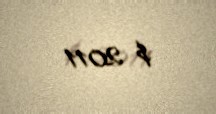
$ 2011